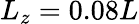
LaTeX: L_{z}=0.08L